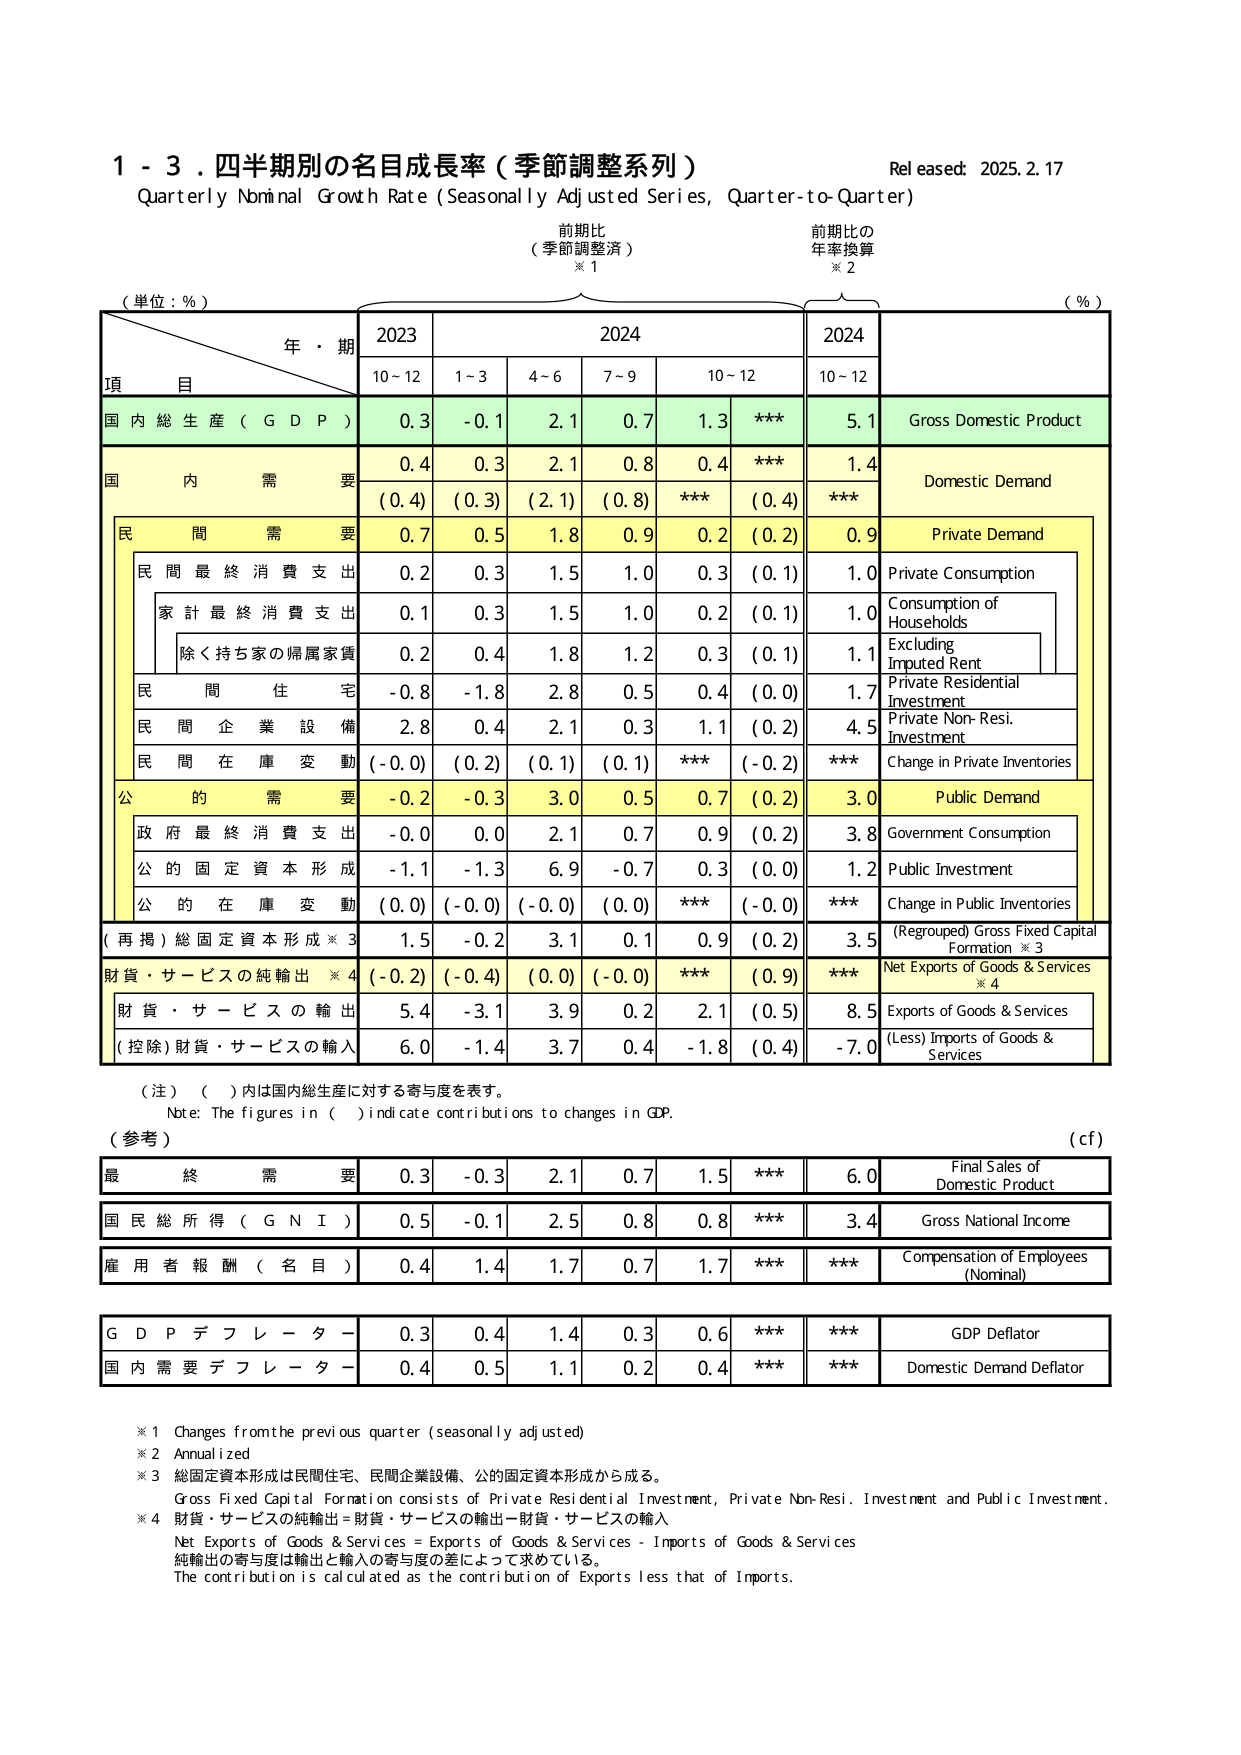
1 - 3. 四半期別の名目成長率（季節調整系列）
Quarterly Nominal Growth Rate (Seasonally Adjusted Series, Quarter-to-Quarter)
Released: 2025. 2. 17

前期比
（季節調整済）
※1

前期比の
年率換算
※2

（単位：％）
（％）

年・期
2023
2024
2024

項 目
10～12
1～3
4～6
7～9
10～12
10～12

国内総生産（GDP）
0.3
-0.1
2.1
0.7
1.3
***
5.1
Gross Domestic Product

国内需要
0.4
0.3
2.1
0.8
0.4
***
1.4
Domestic Demand

（0.4）
（0.3）
（2.1）
（0.8）
***
（0.4）
***

民間需要
0.7
0.5
1.8
0.9
0.2
（0.2）
0.9
Private Demand

民間最終消費支出
0.2
0.3
1.5
1.0
0.3
（0.1）
1.0
Private Consumption

家計最終消費支出
0.1
0.3
1.5
1.0
0.2
（0.1）
1.0
Consumption of Households

除く持ち家の帰属家賃
0.2
0.4
1.8
1.2
0.3
（0.1）
1.1
Excluding Imputed Rent

民間住宅
-0.8
-1.8
2.8
0.5
0.4
（0.0）
1.7
Private Residential Investment

民間企業設備
2.8
0.4
2.1
0.3
1.1
（0.2）
4.5
Private Non-Resi. Investment

民間在庫変動
（-0.0）
（0.2）
（0.1）
（0.1）
***
（-0.2）
***
Change in Private Inventories

公的需要
-0.2
-0.3
3.0
0.5
0.7
（0.2）
3.0
Public Demand

政府最終消費支出
-0.0
0.0
2.1
0.7
0.9
（0.2）
3.8
Government Consumption

公的固定資本形成
-1.1
-1.3
6.9
-0.7
0.3
（0.0）
1.2
Public Investment

公的在庫変動
（0.0）
（-0.0）
（-0.0）
（0.0）
***
（-0.0）
***
Change in Public Inventories

（再掲）総固定資本形成※3
1.5
-0.2
3.1
0.1
0.9
（0.2）
3.5
（Regrouped）Gross Fixed Capital Formation ※3

財貨・サービスの純輸出※4
（-0.2）
（-0.4）
（0.0）
（-0.0）
***
（0.9）
***
Net Exports of Goods & Services ※4

財貨・サービスの輸出
5.4
-3.1
3.9
0.2
2.1
（0.5）
8.5
Exports of Goods & Services

（控除）財貨・サービスの輸入
6.0
-1.4
3.7
0.4
-1.8
（0.4）
-7.0
(Less) Imports of Goods & Services

（注）（ ）内は国内総生産に対する寄与度を表す。
Note: The figures in ( ) indicate contributions to changes in GDP.

（参考）
（cf）

最終需要
0.3
-0.3
2.1
0.7
1.5
***
6.0
Final Sales of Domestic Product

国民総所得（GNI）
0.5
-0.1
2.5
0.8
0.8
***
3.4
Gross National Income

雇用者報酬（名目）
0.4
1.4
1.7
0.7
1.7
***
***
Compensation of Employees (Nominal)

GDPデフレーター
0.3
0.4
1.4
0.3
0.6
***
***
GDP Deflator

国内需要デフレーター
0.4
0.5
1.1
0.2
0.4
***
***
Domestic Demand Deflator

※1 Changes from the previous quarter (seasonally adjusted)
※2 Annualized
※3 総固定資本形成は民間住宅、民間企業設備、公的固定資本形成から成る。
Gross Fixed Capital Formation consists of Private Residential Investment, Private Non-Resi. Investment and Public Investment.
※4 財貨・サービスの純輸出＝財貨・サービスの輸出－財貨・サービスの輸入
Net Exports of Goods & Services = Exports of Goods & Services - Imports of Goods & Services
純輸出の寄与度は輸出と輸入の寄与度の差によって求めている。
The contribution is calculated as the contribution of Exports less that of Imports.